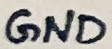
Text: GND